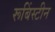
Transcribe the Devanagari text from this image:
रूबिंस्टीन